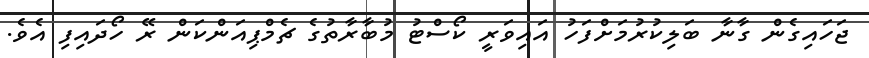
ޖަހައިގެން ގާނާ ބަލިކުރުމަށްފަހު އައިވަރީ ކޯސްޓު މުބާރާތުގެ ޗެމްޕިއަންކަން ރޭ ހޯދައިފި އެވެ.